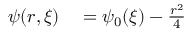
\begin{array} { r l } { \psi ( r , \xi ) } & { { } = \psi _ { 0 } ( \xi ) - \frac { r ^ { 2 } } { 4 } } \end{array}